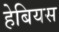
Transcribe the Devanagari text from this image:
हेबियस